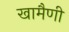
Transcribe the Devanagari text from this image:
खामैणी